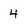
Character: 4